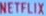
NETFLIX